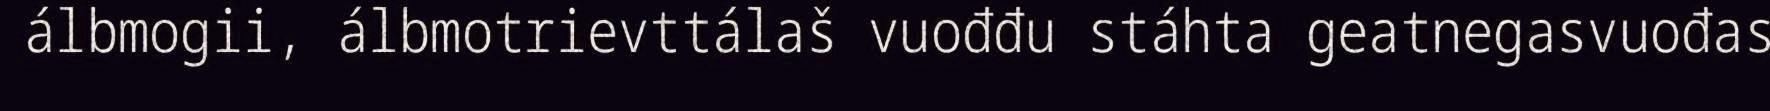
álbmogii, álbmotrievttálaš vuođđu stáhta geatnegasvuođas